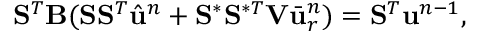
\mathbf { S } ^ { T } \mathbf { B } ( \mathbf { S } \mathbf { S } ^ { T } \hat { \ensuremath { \mathbf { u } } } ^ { n } + \mathbf { S } ^ { \ast } \mathbf { S } ^ { \ast T } \mathbf { V } \bar { \ensuremath { \mathbf { u } } } _ { r } ^ { n } ) = \mathbf { S } ^ { T } \ensuremath { \mathbf { u } } ^ { n - 1 } ,